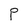
Character: P